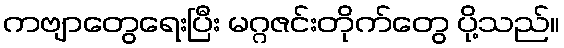
ကဗျာတွေရေးပြီး မဂ္ဂဇင်းတိုက်တွေ ပို့သည်။